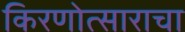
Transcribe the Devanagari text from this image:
किरणोत्साराचा